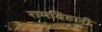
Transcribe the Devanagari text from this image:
रामबिहारी